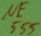
Text: NE555